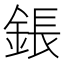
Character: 鋹